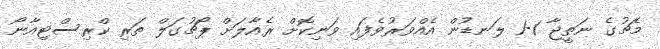
މެޗުގެ ނަތީޖާ 1-1 ލަނޑުން އެއްވަރުވެފައި ވަނިކޮށް ރެއާލަށް ޕޯޗުގަލް ތަރި ކްރިސްޓިއާނޯ